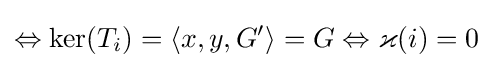
\Leftrightarrow \ker(T_{i})=\langle x,y,G'\rangle =G\Leftrightarrow \varkappa (i)=0